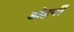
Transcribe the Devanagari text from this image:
डोहर्नी